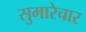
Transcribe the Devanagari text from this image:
सुमारेचार